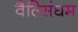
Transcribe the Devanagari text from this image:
वैल्सिंघम